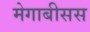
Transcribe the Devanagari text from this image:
मेगाबीसस